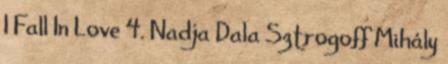
I Fall In Love 4. Nadja Dala Sztrogoff Mihály